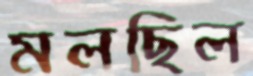
মলছিল